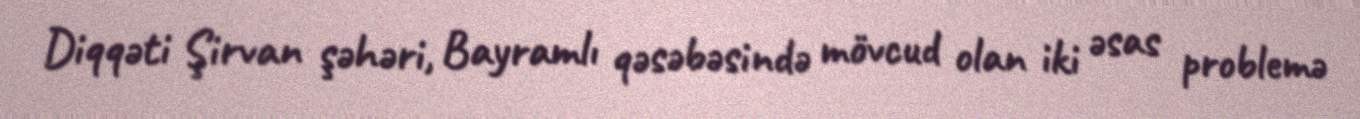
Diqqəti Şirvan şəhəri, Bayramlı qəsəbəsində mövcud olan iki əsas problemə